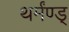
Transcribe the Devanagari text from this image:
थर्मंण्ड्